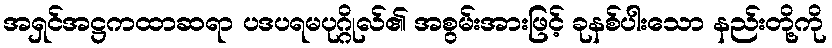
အရှင်အဋ္ဌကထာဆရာ ပဒပရမပုဂ္ဂိုလ်၏ အစွမ်းအားဖြင့် ခုနစ်ပါးသော နည်းတို့ကို